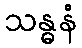
သန္ဓနံ